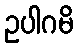
ဥပါဂမိ